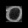
Digit: ၀